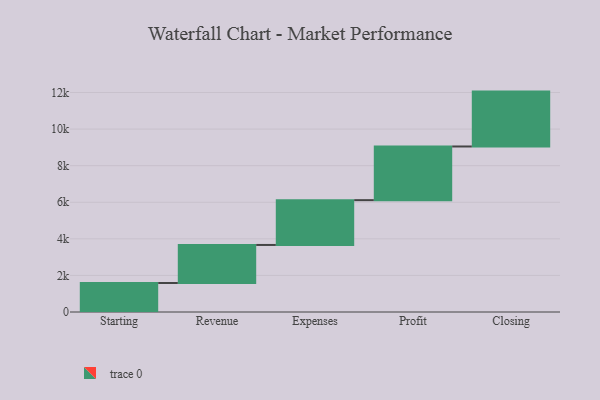
{"axis": {"x": "Step", "y": "Value"}, "legend": [""], "data": [{"x": "Starting", "y": 1586.0, "type": ""}, {"x": "Revenue", "y": 2079.0, "type": ""}, {"x": "Expenses", "y": 2449.0, "type": ""}, {"x": "Profit", "y": 2935.0, "type": ""}, {"x": "Closing", "y": 3000, "type": ""}]}